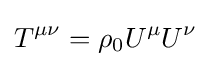
T^{\mu \nu }=\rho _{0}U^{\mu }U^{\nu }